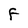
Character: F